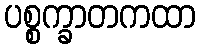
ပစ္စက္ခာတကထာ